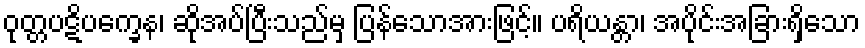
ဝုတ္တပဋိပက္ခေန၊ ဆိုအပ်ပြီးသည်မှ ပြန်သောအားဖြင့်။ ပရိယန္တာ၊ အပိုင်းအခြားရှိသော